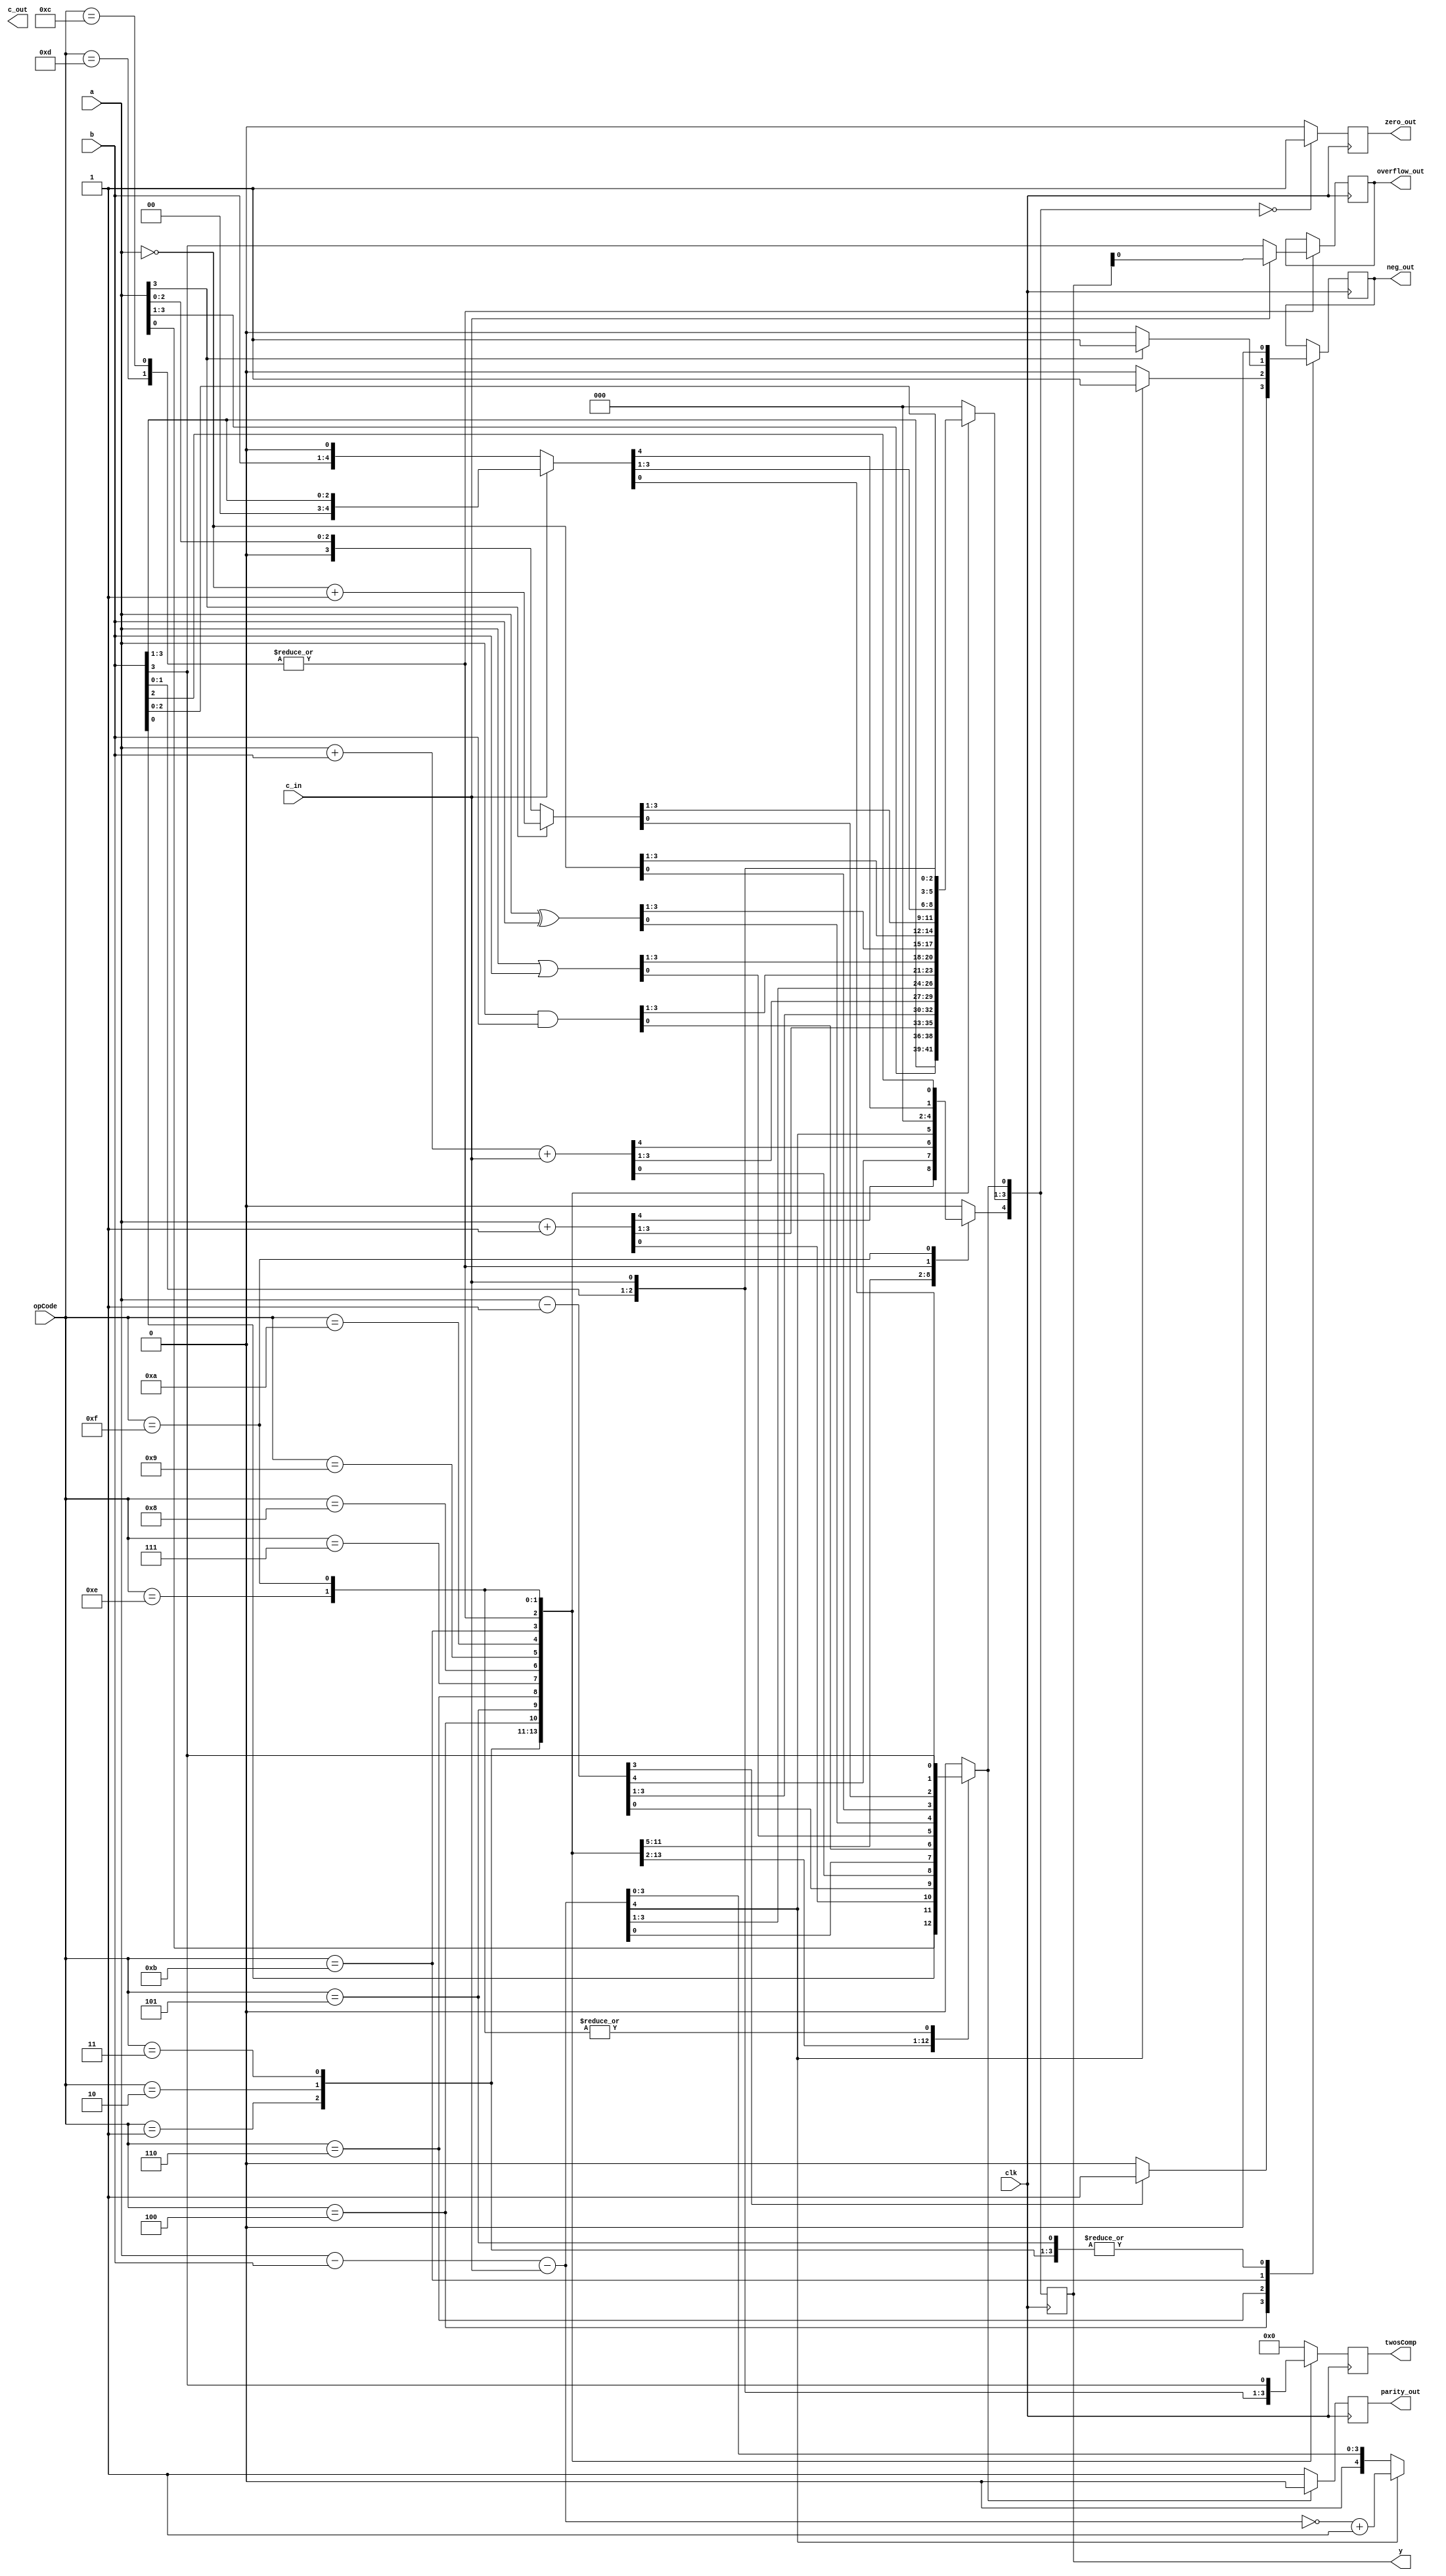
`timescale 1ns / 1ps
//////////////////////////////////////////////////////////////////////////////////
// Company: 
// 
// Design Name: 
// Module Name: ALU_s
// Project Name: 
// Target Devices: 
// Tool Versions: 
// Description: receives perfomes arithmetic and bitwise operations or either one or both of a, b 4 bit inputs based 4 bit opcode. 

// 
// Dependencies: 
// 
// Revision:
// Revision 0.01 - File Created
// Additional Comments:
// 
//////////////////////////////////////////////////////////////////////////////////


module ALU_s(y, twosComp, c_out, zero_out, neg_out, overflow_out, parity_out, a, b, c_in, opCode, clk);

    input [3:0] a, b, opCode;
    input c_in, clk; 

    output reg [4:0] y, twosComp; 
    output reg c_out, zero_out, neg_out, overflow_out, parity_out = 0;  

    reg temp = 0;  
 

    always @(posedge clk) begin

        case (opCode)
            4'b0001 :begin                                              //Pass through (a)
                y = a;                                            
                twosComp = y;
                neg_out = 0;
            end  
            4'b0010 : begin                                             //Pass through (b)
                y = b;
                twosComp = y; 
                neg_out = 0;
            end                                             
            4'b0011 : begin                                             //inc (a)
                y = a + 1;
                twosComp = y; 
                neg_out = 0;
            end                                        
            4'b0100 : begin                                             //dec (a)
                y = a - 1;
                twosComp = y; 
                temp = y[3]; 
                if (temp) begin
                    neg_out = 1;
                end else begin
                    neg_out = 0;
                end
            end                                        
            4'b0101 : begin                                             //ADD (a, b, c_in)
                y = a + b + c_in;
                twosComp = y; 
                neg_out = 0;
            end                                 
            4'b0110 : begin                                             //SUB (a, b, c_in, also converting from twos comp)
                y = a - b - c_in;                           
                temp = y[4]; 
                if(temp)begin
                twosComp = ~y + 1; 
                neg_out = 1; 
                end
                else begin
                    twosComp = y;
                    neg_out = 0;
                end
            end
            4'b0111 : begin                                             //AND (a, b)
                y = a & b;
                twosComp = y; 
                neg_out = 0;
            end                                            
            4'b1000 : begin                                             //OR (a, b)
                y = a | b;
                twosComp = y; 
                neg_out = 0;
            end                                        
            4'b1001 : begin                                              //XOR (a, b)
                y = a ^ b; 
                twosComp = y; 
                neg_out = 0;
            end                                       
            4'b1010 : begin                                             //ones comp
                y = ~a;
                y[4] = 0;
                twosComp = y; 
                neg_out = 0;
            end  
            4'b1011 : begin                                             //twos comp
                temp = a[3]; 
                if(temp)begin
                    y = ~a + 1; 
                    y[4] = 0;
                    neg_out = 1; 
                    twosComp = y;  
                end 
                else begin
                    y = a; 
                    twosComp = y; 
                    neg_out = 0;
                end
                y[4] = 0; 
            end 
            4'b1100 :                                                   //a.shift 
                if(c_in)begin
                    overflow_out = y[0]; 
                    y = b >>> 1; 
                    twosComp = y;
                    neg_out = 0;
                end
                else begin
                    y = b <<< 1; 
                    twosComp = y; 
                    neg_out = 0;
                    overflow_out = y[4];
                end
            4'b1101 :                                                   //l.shift
                 if(c_in)begin
                    overflow_out = y[0]; 
                    y = b >> 1; 
                    twosComp = y; 
                    neg_out = 0;
                end
                else begin
                    y = b << 1; 
                    twosComp = y; 
                    neg_out = 0;
                    overflow_out = y[4];
                end
            4'b1110 :                                                   //rotate 
                begin
                    y = b << 1; 
                    y[0] = y[4];
                    y[4] = 0;  
                    twosComp = y; 
                    neg_out = 0;
                end
            4'b1111 :                                                   //rotate with carry; 
                begin
                    y = b << 1; 
                    y[0] = c_in; 
                    temp = y[4]; 
                    y = y << 1;  
                    y[0] = temp; 
                    twosComp = y; 
                    neg_out = 0;
                end
            default: begin
                y = 0;  
                twosComp = y; 
                zero_out = 1;                                           //zero opcode 
            end
        endcase
        temp = y[0]; 
        if (!temp) begin
            parity_out = 1;
        end
        else begin
            parity_out = 0; 
        end
        if(!y)begin
            zero_out = 1; 
        end
        else begin
            zero_out = 0; 
        end
   
    end

endmodule